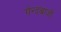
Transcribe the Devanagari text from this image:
गेन्दबाजी